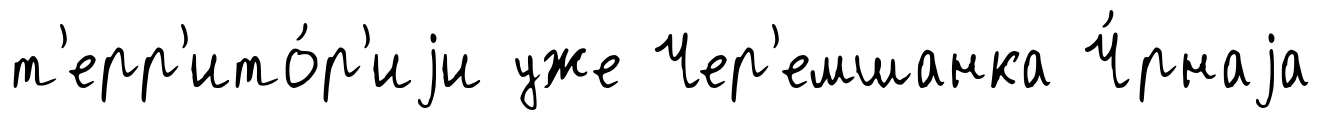
т'ерр'ито́р'иjи уже Чер'емшанка Ч́рнаjа